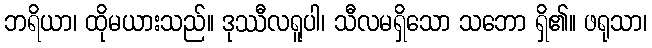
ဘရိယာ၊ ထိုမယားသည်။ ဒုဿီလရူပါ၊ သီလမရှိသော သဘော ရှိ၏။ ဖရုသာ၊